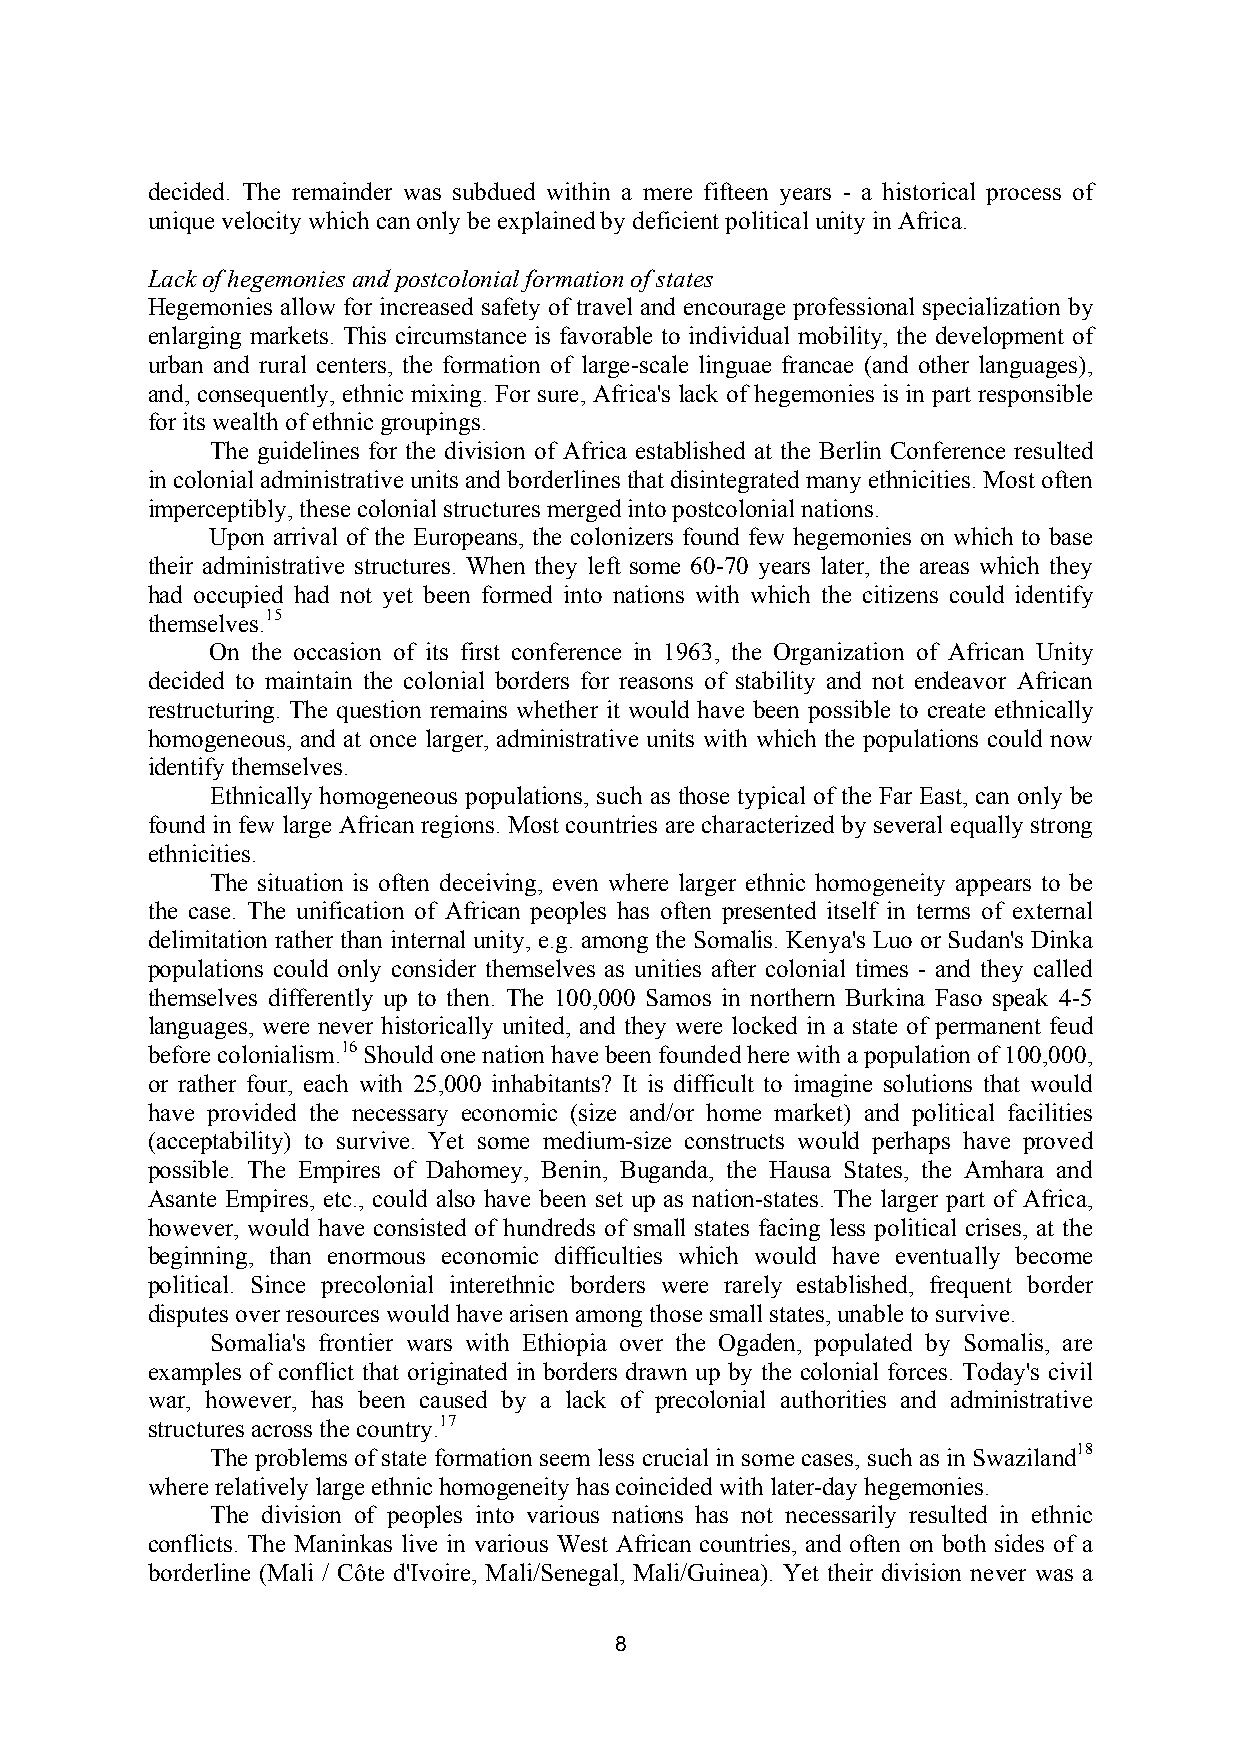
decided. The remainder was subdued within a mere fifteen years - a historical process of
 unique velocity which can only be explained by deficient political unity in Africa.
 Lack of hegemonies and postcolonial formation of states
 Hegemonies allow for increased safety of travel and encourage professional specialization by
 enlarging markets. This circumstance is favorable to individual mobility, the development of
 urban and rural centers, the formation of large-scale linguae francae (and other languages),
 and, consequently, ethnic mixing. For sure, Africa's lack of hegemonies is in part responsible
 for its wealth of ethnic groupings.
 The guidelines for the division of Africa established at the Berlin Conference resulted
 in colonial administrative units and borderlines that disintegrated many ethnicities. Most often
 imperceptibly, these colonial structures merged into postcolonial nations.
 Upon arrival of the Europeans, the colonizers found few hegemonies on which to base
 their administrative structures. When they left some 60-70 years later, the areas which they
 had occupied had not yet been formed into nations with which the citizens could identify
 themselves.15
 On the occasion of its first conference in 1963, the Organization of African Unity
 decided to maintain the colonial borders for reasons of stability and not endeavor African
 restructuring. The question remains whether it would have been possible to create ethnically
 homogeneous, and at once larger, administrative units with which the populations could now
 identify themselves.
 Ethnically homogeneous populations, such as those typical of the Far East, can only be
 found in few large African regions. Most countries are characterized by several equally strong
 ethnicities.
 The situation is often deceiving, even where larger ethnic homogeneity appears to be
 the case. The unification of African peoples has often presented itself in terms of external
 delimitation rather than internal unity, e.g. among the Somalis. Kenya's Luo or Sudan's Dinka
 populations could only consider themselves as unities after colonial times - and they called
 themselves differently up to then. The 100,000 Samos in northern Burkina Faso speak 4-5
 languages, were never historically united, and they were locked in a state of permanent feud
 before colonialism.16 Should one nation have been founded here with a population of 100,000,
 or rather four, each with 25,000 inhabitants? It is difficult to imagine solutions that would
 have provided the necessary economic (size and/or home market) and political facilities
 (acceptability) to survive. Yet some medium-size constructs would perhaps have proved
 possible. The Empires of Dahomey, Benin, Buganda, the Hausa States, the Amhara and
 Asante Empires, etc., could also have been set up as nation-states. The larger part of Africa,
 however, would have consisted of hundreds of small states facing less political crises, at the
 beginning, than enormous economic difficulties which would have eventually become
 political. Since precolonial interethnic borders were rarely established, frequent border
 disputes over resources would have arisen among those small states, unable to survive.
 Somalia's frontier wars with Ethiopia over the Ogaden, populated by Somalis, are
 examples of conflict that originated in borders drawn up by the colonial forces. Today's civil
 war, however, has been caused by a lack of precolonial authorities and administrative
 structures across the country.17
 The problems of state formation seem less crucial in some cases, such as in Swaziland18
 where relatively large ethnic homogeneity has coincided with later-day hegemonies.
 The division of peoples into various nations has not necessarily resulted in ethnic
 conflicts. The Maninkas live in various West African countries, and often on both sides of a
 borderline (Mali / Côte d'Ivoire, Mali/Senegal, Mali/Guinea). Yet their division never was a
 8